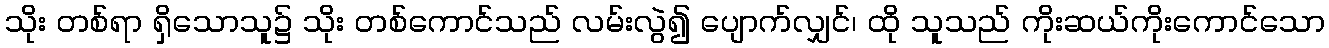
သိုး တစ်ရာ ရှိသောသူ၌ သိုး တစ်ကောင်သည် လမ်းလွဲ၍ ပျောက်လျှင်၊ ထို သူသည် ကိုးဆယ်ကိုးကောင်သော